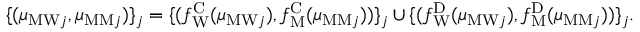
\begin{array} { r } { \{ ( \mu _ { \mathrm { M W } j } , \mu _ { \mathrm { M M } j } ) \} _ { j } = \{ ( f _ { \mathrm { W } } ^ { \mathrm { C } } ( \mu _ { \mathrm { M W } j } ) , f _ { \mathrm { M } } ^ { \mathrm { C } } ( \mu _ { \mathrm { M M } j } ) ) \} _ { j } \cup \{ ( f _ { \mathrm { W } } ^ { \mathrm { D } } ( \mu _ { \mathrm { M W } j } ) , f _ { \mathrm { M } } ^ { \mathrm { D } } ( \mu _ { \mathrm { M M } j } ) ) \} _ { j } . } \end{array}